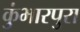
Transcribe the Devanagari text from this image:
कुंभारपुरा